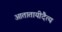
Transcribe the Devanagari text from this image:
आतातायीदैत्य